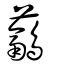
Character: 虉